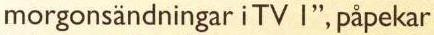
morgonsändningar i TV I", påpekar